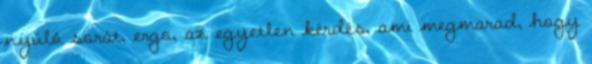
nyúló sorát, ergo, az egyetlen kérdés, ami megmarad, hogy